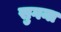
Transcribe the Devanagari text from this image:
सुगना